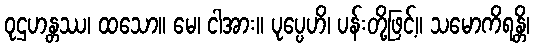
ဝုဌဟန္တဿ၊ ထသော။ မေ၊ ငါအား။ ပုပ္ပေဟိ၊ ပန်းတို့ဖြင့်။ သမောကိရန္တိ၊